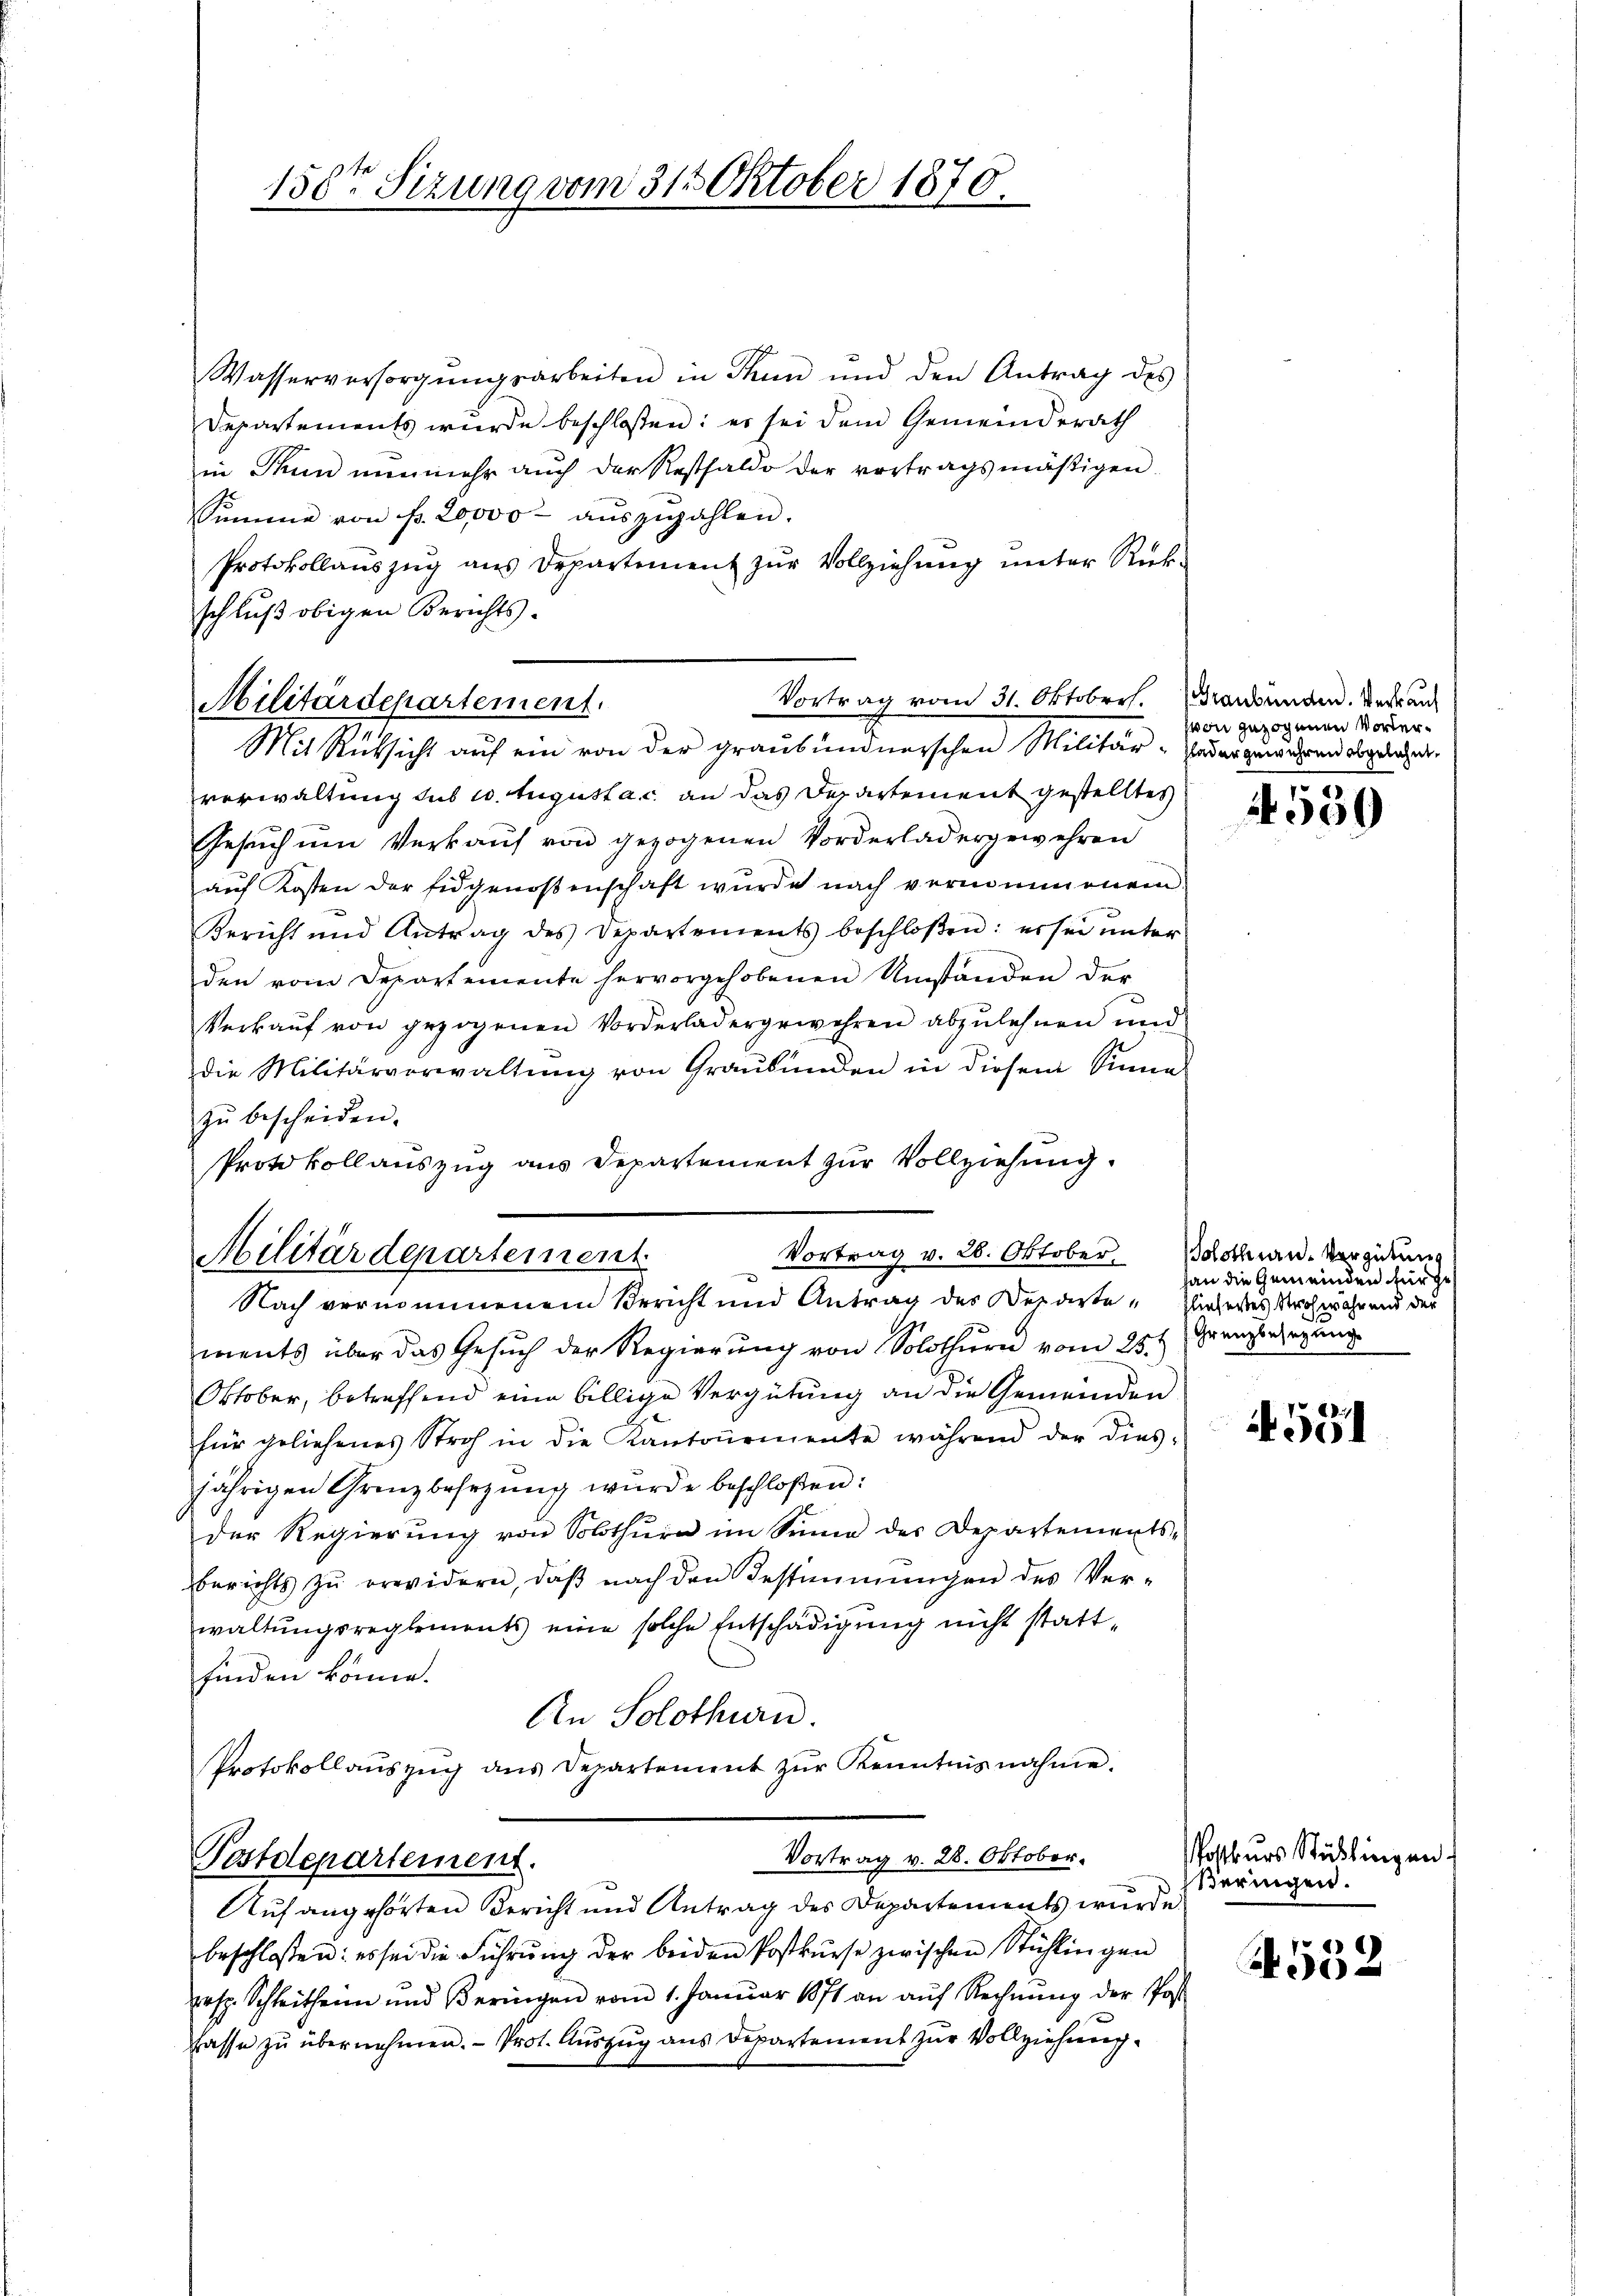
150ten Sizung vom 315 Oktober 1870.

Wasserversorgŭngsarbeiten in Thun und den Antrag des
Departements wurde beschloßen: es sei dem Gemeinderath
in Thun nunmehr auch der Resthaldo der vortragsmäßigen.
Summe von fr. 20,000 aŭszŭzahlen.
Protokollauszug aus Departement zur Vollziehung unter Rück-
schluß obigen Berichts-

Vortrag vom 31. Oktoberh
Militärdepartement.
Mit Rücksicht aŭf ein von der graubünderischen Militär-

verwaltung sub 20. Augusta c. an das Departement gestelltes
Gesuch um Verkauf von gezogenen Vorderladergewehren
aŭf Kosten der Eidgenossenschaft wurde nach vernommenem
Bericht und Antrag des Departements beschloßen: es sei ŭnter
den vom Departemente hervorgehobenen Umständen der
Verkaŭf von gezogenen Vorderladergewehren abzulehnen und
die Militärverwaltŭng von Graubünden in diesem Sinne
zŭ bescheiden.
Protokollauszug aus Departement zur Vollziehung.
Vortrag v. 26. Oktober. Solothen-Vergütung
ments über das Gesuch der Regierung von Solothurn vom 25t Grenzbezugung
Oktober, betreffend eine billige Vergütung an die Gemeinden
für geliehenes Stroh in die Kantonomente während der dies-
jährigen Grenzbesezung wurde beschloßen:
der Regierung von Solothurn im Sinne des Departements-
berichts zŭ erwidern, daβ nach den Bestimmungen des Ver-
waltungsreglements eine solche Entschädigung nicht stattfinden könne.
An Solothurn.
Protokollaŭszŭg ans Departement zŭr Kenntnisnahme.

Militärdepartement
Nach vernommenem Bericht und Antrag des Departe Einheres Stroh während der

Postdepartement.

Vortrag v. 28. Oktober.

Auf angehörten Bericht und Antrag des Departements wurde
beschlossen: es sei die Führung der beiden Postkurse zwischen Stühlingen
prsp. Schleitheim und Beringen vom 1. Janŭar 1871 an aŭf Rechnŭng der Post
fasse zŭ übernehmen. Prot. Aŭszŭg ans Departement zŭr Vollziehŭng.

Graubünden. Verkauf
von gezogenen Vorterhleder gewähren abgelehnt.

550

an die Gemeinden für de

4551

Postkurs Stühlingen.
ßeringen.

8
A052